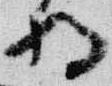
将